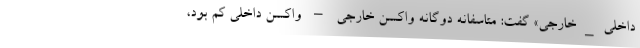
داخلی_خارجی» گفت: متاسفانه دوگانه واکسن خارجی – واکسن داخلی کم بود،